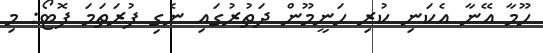
ހޫމާ އޭނާ އެކަނި ކުރި ހަނީމޫން ދަތުރުގައި ނެގި ފުރަތަމަ ފޮޓޯ: މި